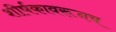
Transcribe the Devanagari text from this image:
शीर्षकावरूनच